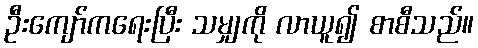
ဦးကျော်ကရေးပြီး သမျှကို လာယူ၍ စာစီသည်။